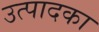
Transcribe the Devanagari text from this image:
उत्पादका